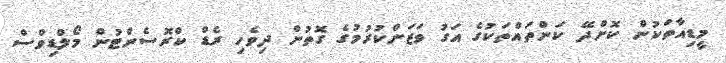
މީޑިއާތަކުން ކޮށްދޭ ކަންތައްތަކުގެ އަގު ވަޒަންކުރުމުގެ ގޮތުން ދިވެހި ރެޑް ކްރޮސެންޓުން މޯލްޑިވްސް